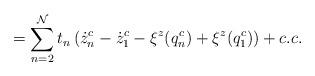
LaTeX: \begin{align*}= \sum_{n=2}^{\cal N} t_n \left(\dot z^c_n -\dot z^c_1 - \xi^z(q^c_n)+\xi^z(q^c_1)\right) + c.c.\end{align*}